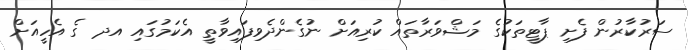
ސަރުކާރުން ފެށި ޕާޓީތަކުގެ މަޝްވަރާތައް ކުރިއަށް ނުގެންދެވިފައިވާތީ އެކަމުގައި އދ ގެ އެހީއަށް